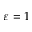
\varepsilon = 1